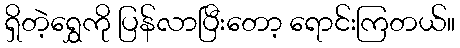
ရှိတဲ့ရွှေကို ပြန်လာပြီးတော့ ရောင်းကြတယ်။